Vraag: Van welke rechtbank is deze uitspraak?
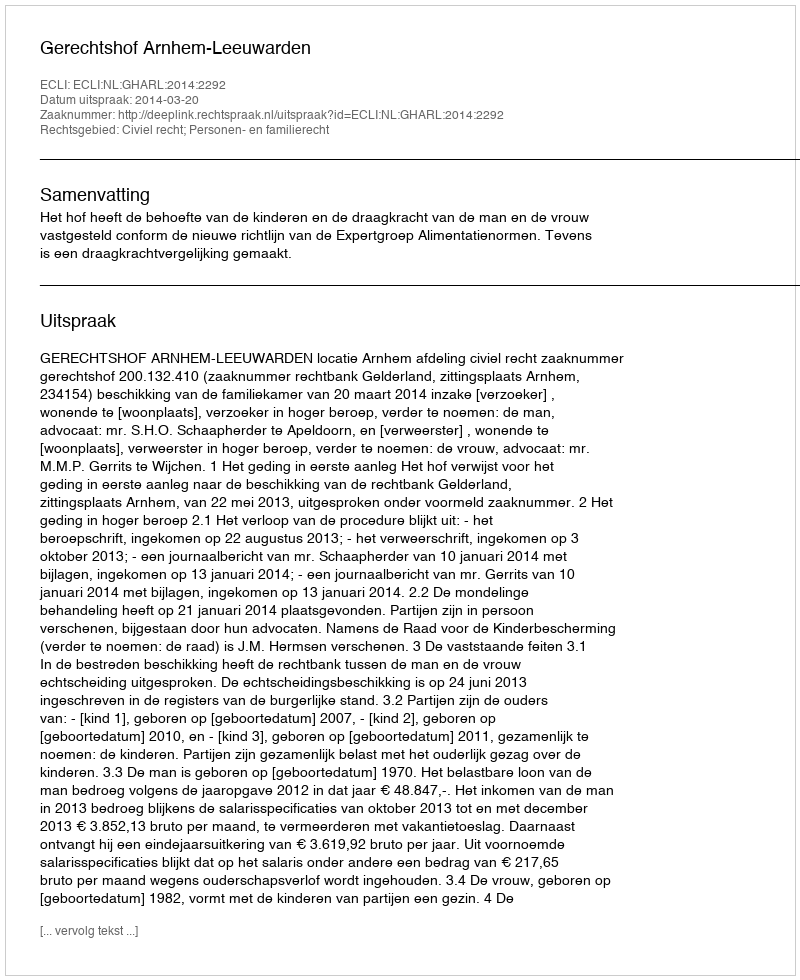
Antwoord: Gerechtshof Arnhem-Leeuwarden